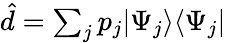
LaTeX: \begin{array}{r}{\hat{d}=\sum_{j}p_{j}|\Psi_{j}\rangle\langle\Psi_{j}|}\end{array}